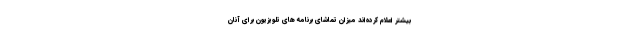
بیشتر اعلام کرده‌­اند میزان تماشای برنامه ­های تلویزیون برای آنان